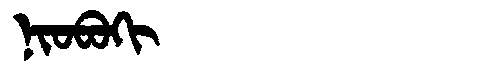
Manchu: ᠨᡳᠣᠪᠣᡴᡳ
Romanization: NIOBOKI